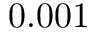
0 . 0 0 1